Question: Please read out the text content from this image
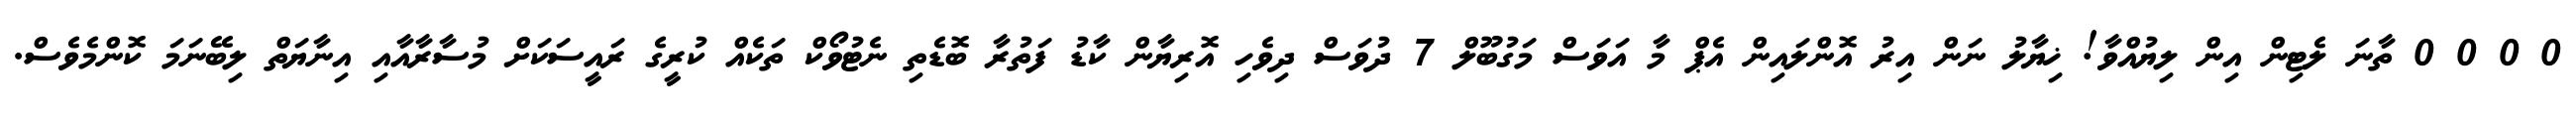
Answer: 0 0 0 0 ތާނަ ލެޓިން އިން ލިޔުއްވާ! ޚިޔާލު ނަން އިރު އޮންލައިން އެޕް މާ އަވަސް މަގުބޫލް 7 ދުވަސް ދިވެހި އޮރިޔާން ކާޑު ފަތުރާ ބޮޑެތި ނެޓުވޯކް ތަކެއް ކުރީގެ ރައީސަކަށް މުސާރާއާއި އިނާޔަތް ލިބޭނަމަ ކޮންމެވެސް.